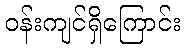
ဝန်းကျင်ရှိကြောင်း